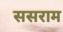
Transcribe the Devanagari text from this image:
ससराम